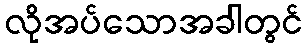
လိုအပ်သောအခါတွင်